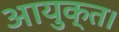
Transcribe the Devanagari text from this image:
आयुक्त।